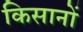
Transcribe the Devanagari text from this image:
किसानों